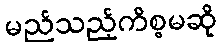
မည်သည့်ကိစ္စမဆို